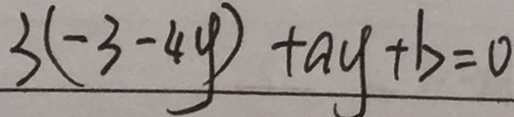
3 ( - 3 - 4 y ) + a y + b = 0